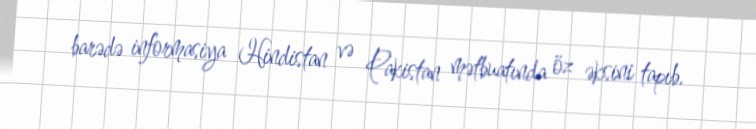
barədə informasiya Hindistan və Pakistan mətbuatında öz əksini tapıb.